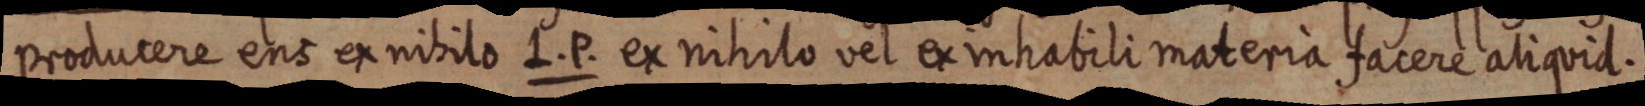
producere ens ex nihilo L. P. ex nihilo vel ex inhabili materia facere aliquid.